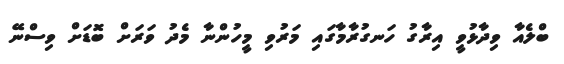
ބްލެއާ ވިދާޅުވީ އިރާގު ހަނގުރާމާގައި މަރުވި މީހުންނާ މެދު ވަރަށް ބޮޑަށް ވިސްނޭ